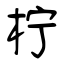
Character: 柠